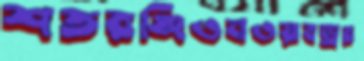
শতরঞ্জিওনওয়াবড্রর